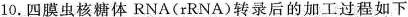
10.四膜虫核糖体 RNA(rRNA)转录后的加工过程如下